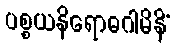
ပစ္စယနိရောဓဂါမိနိံ